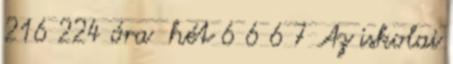
216 224 óra hét 6 6 6 7 Az iskolai